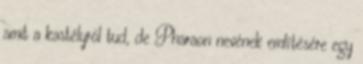
amit a kastélyról tud, de Pharaon nevének említésére egy